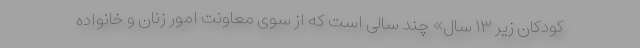
کودکان زیر ۱۳ سال» چند سالی است که از سوی معاونت امور زنان و خانواده